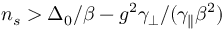
n _ { s } > \Delta _ { 0 } / \beta - g ^ { 2 } \gamma _ { \perp } / ( \gamma _ { \parallel } \beta ^ { 2 } )